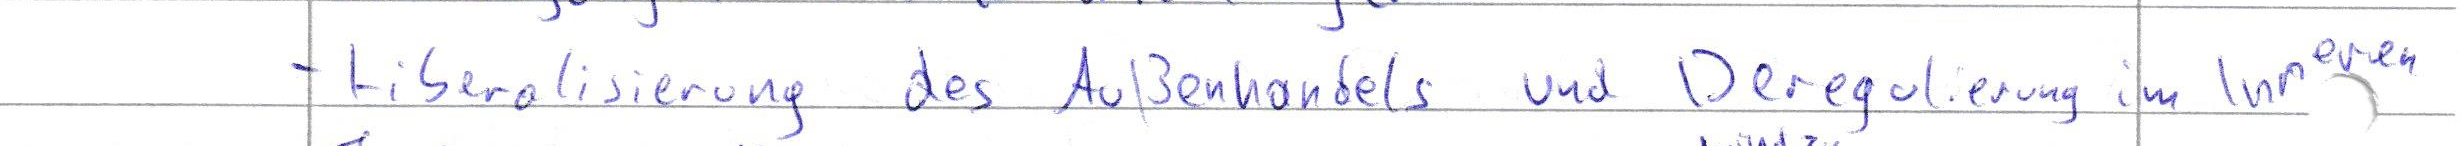
- Liberalisierung des Außenhandels und Deregulierung im Inneren